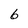
Character: 6